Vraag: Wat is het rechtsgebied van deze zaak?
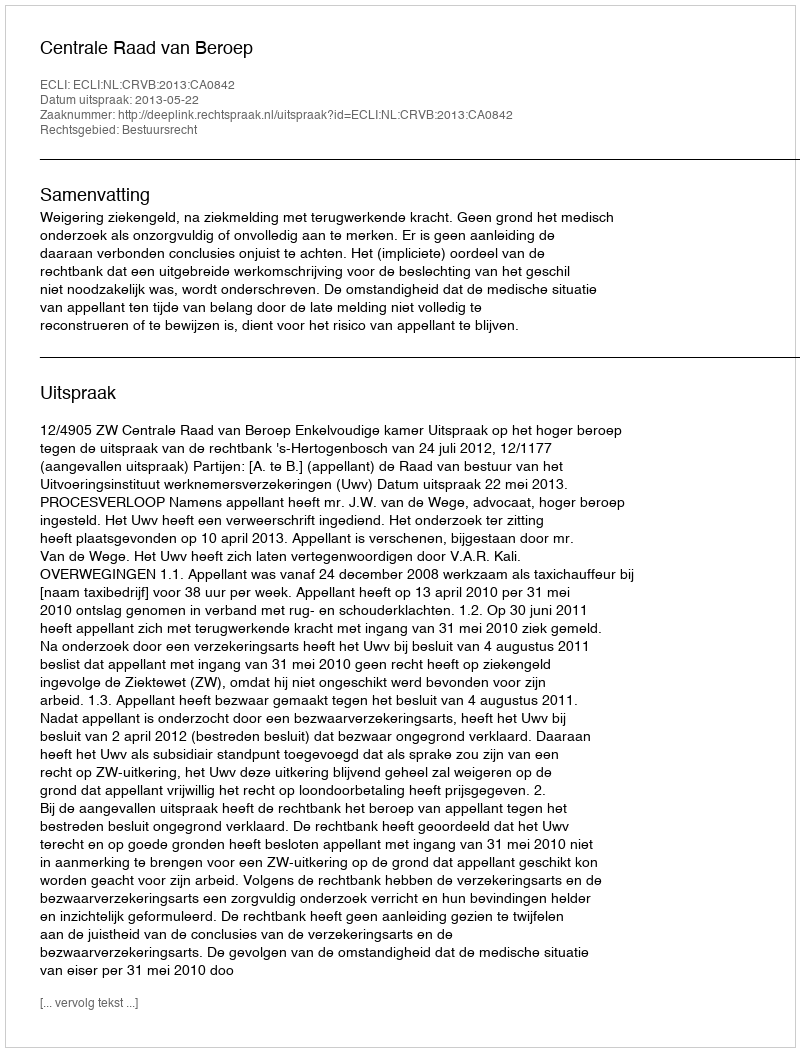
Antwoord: Bestuursrecht